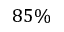
8 5 \%